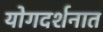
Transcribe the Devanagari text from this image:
योगदर्शनात